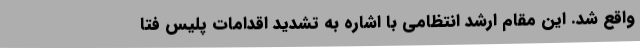
واقع شد. این مقام ارشد انتظامی با اشاره به تشدید اقدامات پلیس فتا